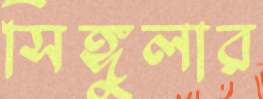
সিঙ্গুলার